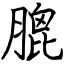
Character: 膍